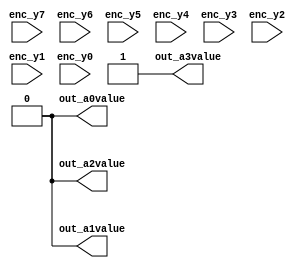
module encoder(enc_y7,
     enc_y6,
     enc_y5,
     enc_y4,
     enc_y3,
     enc_y2,
     enc_y1,
     enc_y0,
     out_a3value,
     out_a2value,
     out_a1value,
     out_a0value);
input [7:0] enc_y7;
input [7:0] enc_y6;
input [7:0] enc_y5;
input [7:0] enc_y4;
input [7:0] enc_y3;
input [7:0] enc_y2;
input [7:0] enc_y1;
input [7:0] enc_y0;
output out_a3value;
output out_a2value;
output out_a1value;
output out_a0value;
reg out_a3value;
reg out_a2value;
reg out_a1value;
reg out_a0value;

// based on the input signal resultant output signal wil be Generated
// for resultant 1'd5 output signal the  input signal will be 8'b00100000  
// scheduling encoding signals

  assign enc_y7=16'b0000000010000000;
  assign enc_y6=16'b0000000001000000;
  assign enc_y5=16'b0000000000100000;
  assign enc_y4=16'b0000000000010000;
  assign enc_y3=16'b0000000000001000;
  assign enc_y2=16'b0000000000000100;
  assign enc_y1=16'b0000000000000010;
  assign enc_y0=16'b0000000000000001;
 // scheduling output signals
 //
 assign out_a3value ={1};
 assign out_a2value = { enc_y7|enc_y6|enc_y5|enc_y4};
 assign out_a1value = { enc_y7|enc_y6|enc_y3|enc_y2};
 assign out_a0value = { enc_y7|enc_y5|enc_y3|enc_y1};
 endmodule